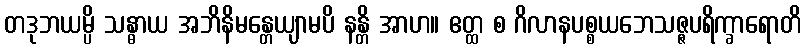
တဒုဘယမ္ပိ သန္ဓာယ အဘိနိမန္တေယျာမပိ နန္တိ အာဟ။ ဧတ္ထ စ ဂိလာနပစ္စယဘေသဇ္ဇပရိက္ခာရောတိ